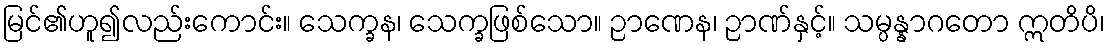
မြင်၏ဟူ၍လည်းကောင်း။ သေက္ခန၊ သေက္ခဖြစ်သော။ ဉာဏေန၊ ဉာဏ်နှင့်။ သမ္ပန္နာဂတော ဣတိပိ၊